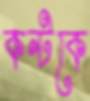
কন্টকে